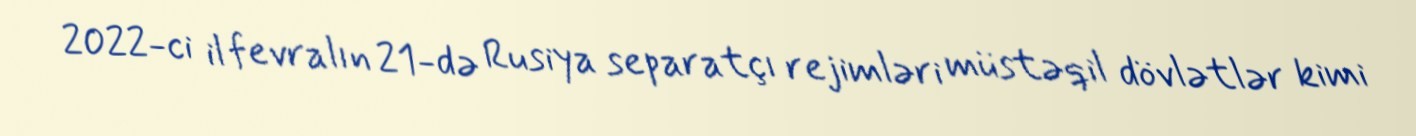
2022-ci il fevralın 21-də Rusiya separatçı rejimləri müstəqil dövlətlər kimi